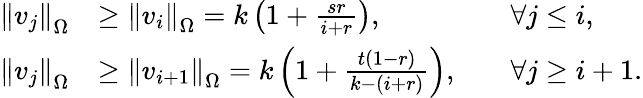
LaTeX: \begin{array}{rlrl}{\left\| v_{j}\right\| _{\Omega}}&{\geq\left\| v_{i}\right\| _{\Omega}=k\left(1+\frac{sr}{i+r}\right),}&&{\forall j\leq i,}\\ {\left\| v_{j}\right\| _{\Omega}}&{\geq\left\| v_{i+1}\right\| _{\Omega}=k\left(1+\frac{t(1-r)}{k-(i+r)}\right),}&&{\forall j\geq i+1.}\end{array}